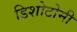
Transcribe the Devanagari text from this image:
डिशोटोमी